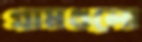
গ্রামগুলো